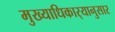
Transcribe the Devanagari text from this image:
मुख्याधिकार्‍यानुसार